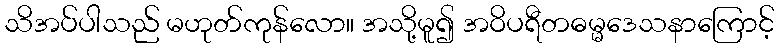
သိအပ်ပါသည် မဟုတ်ကုန်လော။ အသို့မူ၍ အဝိပရီတဓမ္မဒေသနာကြောင့်